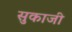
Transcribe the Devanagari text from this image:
सुकाजी